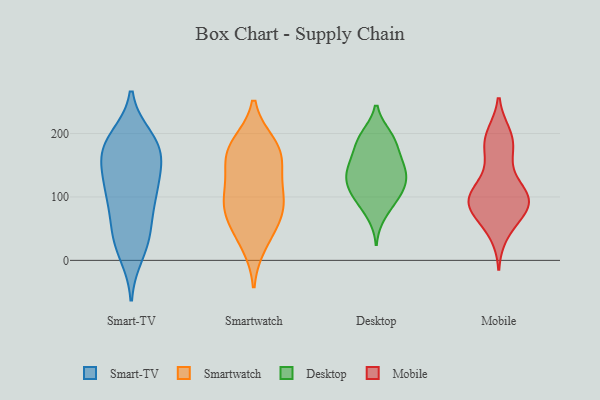
{"axis": {"x": "Gross Profit (USD K)", "y": "Value"}, "legend": ["Desktop", "Mobile", "Smart-TV", "Smartwatch"], "data": [{"x": "", "y": 142, "type": "Smart-TV"}, {"x": "", "y": 77, "type": "Smart-TV"}, {"x": "", "y": 48, "type": "Smart-TV"}, {"x": "", "y": 107, "type": "Smart-TV"}, {"x": "", "y": 114, "type": "Smart-TV"}, {"x": "", "y": 37, "type": "Smart-TV"}, {"x": "", "y": 192, "type": "Smart-TV"}, {"x": "", "y": 170, "type": "Smart-TV"}, {"x": "", "y": 103, "type": "Smart-TV"}, {"x": "", "y": 177, "type": "Smart-TV"}, {"x": "", "y": 175, "type": "Smart-TV"}, {"x": "", "y": 29, "type": "Smart-TV"}, {"x": "", "y": 183, "type": "Smart-TV"}, {"x": "", "y": 11, "type": "Smart-TV"}, {"x": "", "y": 174, "type": "Smart-TV"}, {"x": "", "y": 122, "type": "Smart-TV"}, {"x": "", "y": 115, "type": "Smartwatch"}, {"x": "", "y": 49, "type": "Smartwatch"}, {"x": "", "y": 183, "type": "Smartwatch"}, {"x": "", "y": 26, "type": "Smartwatch"}, {"x": "", "y": 70, "type": "Smartwatch"}, {"x": "", "y": 86, "type": "Smartwatch"}, {"x": "", "y": 99, "type": "Smartwatch"}, {"x": "", "y": 162, "type": "Smartwatch"}, {"x": "", "y": 169, "type": "Smartwatch"}, {"x": "", "y": 86, "type": "Smartwatch"}, {"x": "", "y": 145, "type": "Smartwatch"}, {"x": "", "y": 180, "type": "Smartwatch"}, {"x": "", "y": 102, "type": "Desktop"}, {"x": "", "y": 192, "type": "Desktop"}, {"x": "", "y": 93, "type": "Desktop"}, {"x": "", "y": 169, "type": "Desktop"}, {"x": "", "y": 71, "type": "Desktop"}, {"x": "", "y": 171, "type": "Desktop"}, {"x": "", "y": 141, "type": "Desktop"}, {"x": "", "y": 135, "type": "Desktop"}, {"x": "", "y": 197, "type": "Desktop"}, {"x": "", "y": 101, "type": "Desktop"}, {"x": "", "y": 143, "type": "Desktop"}, {"x": "", "y": 129, "type": "Desktop"}, {"x": "", "y": 115, "type": "Desktop"}, {"x": "", "y": 123, "type": "Desktop"}, {"x": "", "y": 197, "type": "Desktop"}, {"x": "", "y": 153, "type": "Desktop"}, {"x": "", "y": 106, "type": "Mobile"}, {"x": "", "y": 94, "type": "Mobile"}, {"x": "", "y": 43, "type": "Mobile"}, {"x": "", "y": 112, "type": "Mobile"}, {"x": "", "y": 104, "type": "Mobile"}, {"x": "", "y": 191, "type": "Mobile"}, {"x": "", "y": 57, "type": "Mobile"}, {"x": "", "y": 92, "type": "Mobile"}, {"x": "", "y": 79, "type": "Mobile"}, {"x": "", "y": 194, "type": "Mobile"}, {"x": "", "y": 179, "type": "Mobile"}, {"x": "", "y": 89, "type": "Mobile"}, {"x": "", "y": 82, "type": "Mobile"}, {"x": "", "y": 198, "type": "Mobile"}, {"x": "", "y": 89, "type": "Mobile"}, {"x": "", "y": 93, "type": "Mobile"}, {"x": "", "y": 135, "type": "Mobile"}, {"x": "", "y": 168, "type": "Mobile"}]}